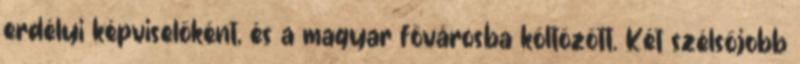
erdélyi képviselőként, és a magyar fővárosba költözött. Két szélsőjobb